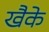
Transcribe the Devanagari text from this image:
खैके